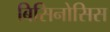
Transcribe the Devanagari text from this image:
बिसिनोसिस